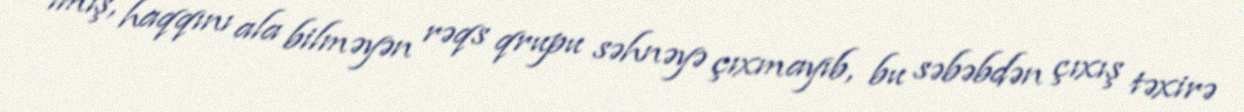
imiş, haqqını ala bilməyən rəqs qrupu səhnəyə çıxmayıb, bu səbəbdən çıxış təxirə